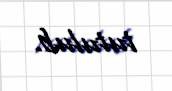
tutulub.